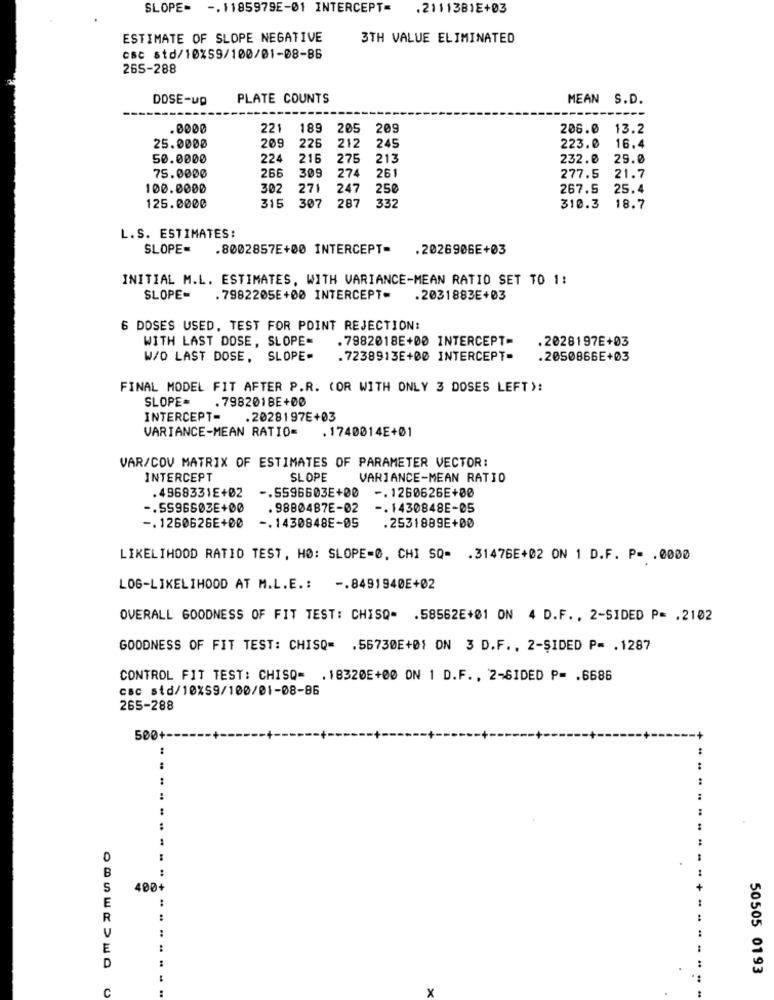
SLOPE= -. 1185979E-01 INTERCEPT=
.2111381E+03
ESTIMATE OF SLOPE NEGATIVE
3TH VALUE ELIMINATED
csc std/10%59/100/01-08-86
265-288
DOSE-up
PLATE COUNTS
MEAN S.D.
.0000
221
189
205
209
206.0
13.2
209
225
245
25.0000
212
223.0
16.4
50.0000
224
216
275
213
232.0
29.0
309
75.0000
266
274
261
277.5
21.7
100.0000
302
271
247
250
267.5
25.4
315
125.0000
307 287
33
310.3
18.7
L.S. ESTIMATES:
SLOPE=
.8002857E+00 INTERCEPT=
.2026906E+03
INITIAL M.L. ESTIMATES, WITH VARIANCE-MEAN RATIO SET TO 1:
SLOPE-
. 7982205E+00 INTERCEPT-
.2031883E+03
6 DOSES USED, TEST FOR POINT REJECTION:
WITH LAST DOSE, SLOPE
. 7982018E+00 INTERCEPT-
.2028197E+03
W/O LAST DOSE.
SLOPE=
. 7238913E+00 INTERCEPT-
.2050866E+03
FINAL MODEL FIT AFTER P.R. (OR WITH ONLY 3 DOSES LEFT):
SLOPE=
. 798201BE+00
INTERCEPT-
.2028197E+03
VARIANCE-MEAN RATIO=
. 1740014E+01
VAR/COV MATRIX OF ESTIMATES OF PARAMETER VECTOR:
INTERCEPT
SLOPE
VARIANCE-MEAN RATIO
.4968331E+02
-. 5596603E+00
-. 1260626E+00
-. SS96603E+00
. 9880487E-02
-. 1430848E-05
-. 1260626E+00
-. 1430848E-05
.2531889E+00
LIKELIHOOD RATIO TEST, HØ: SLOPE-0. CHI SQ= . 31476E+02 ON 1 D.F. P= . 0000
LOG-LIKELIHOOD AT M.L.E .: -. 8491940E+02
OVERALL GOODNESS OF FIT TEST: CHISQ= . 58562E+01 ON 4 D.F ., 2-SIDED P= . 2102
GOODNESS OF FIT TEST: CHISQ= . 56730E+01 ON 3 D.F ., 2-SIDED P= . 1287
CONTROL FIT TEST: CHISQ= . 18320E+00 ON 1 D.F ., 2-SIDED P= . 6686
csc std/10%59/100/01-08-86
265-288
500+
..
..
B
S
400+
E
..
R
E
D
50505 0193
C